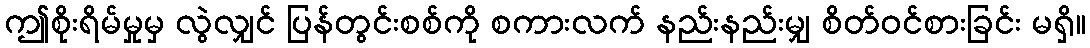
ဤစိုးရိမ်မှုမှ လွဲလျှင် ပြန်တွင်းစစ်ကို စကားလက် နည်းနည်းမျှ စိတ်ဝင်စားခြင်း မရှိ။